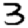
Digit: 3